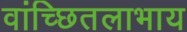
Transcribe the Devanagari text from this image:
वांच्छितलाभाय